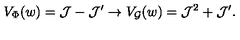
V _ { \Phi } ( w ) = { \cal J } - { \cal J } ^ { \prime } \rightarrow V _ { { \cal G } } ( w ) = { \cal J } ^ { 2 } + { \cal J } ^ { \prime } .